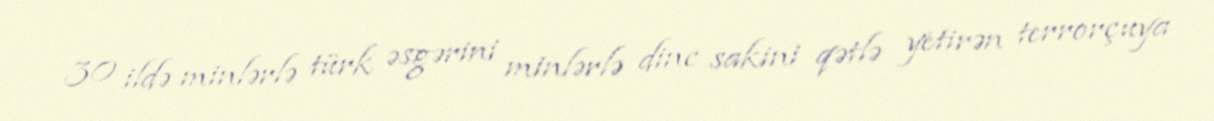
30 ildə minlərlə türk əsgərini minlərlə dinc sakini qətlə yetirən terrorçuya